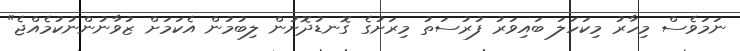
ނަމަވެސް މިހާރު މިކަހަލަ ބައިވަރު ފުރުސަތު މިރަށުގެ ގޮނޑުދޮށުން ލިބުމުން އެކަމަށް ޒުވާނުންނުކުމެއްޖެ"